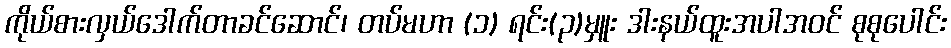
ကိုယ်စားလှယ်ဒေါက်တာခင်ဆောင်၊ တပ်မဟာ (၁) ရင်း(၃)မှူး ဒါးနယ်ထူးအပါအဝင် စုစုပေါင်း